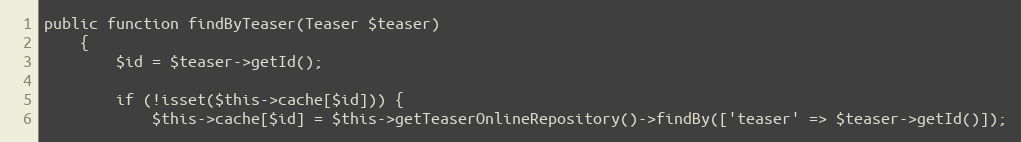
Language: PHP
public function findByTeaser(Teaser $teaser)
    {
        $id = $teaser->getId();

        if (!isset($this->cache[$id])) {
            $this->cache[$id] = $this->getTeaserOnlineRepository()->findBy(['teaser' => $teaser->getId()]);